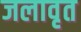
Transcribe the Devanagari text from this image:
जलावृत